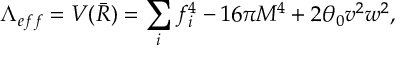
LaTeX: \Lambda _ { e f f } = V ( \bar { R } ) = \sum _ { i } f _ { i } ^ { 4 } - 1 6 \pi M ^ { 4 } + 2 \theta _ { 0 } v ^ { 2 } w ^ { 2 } ,